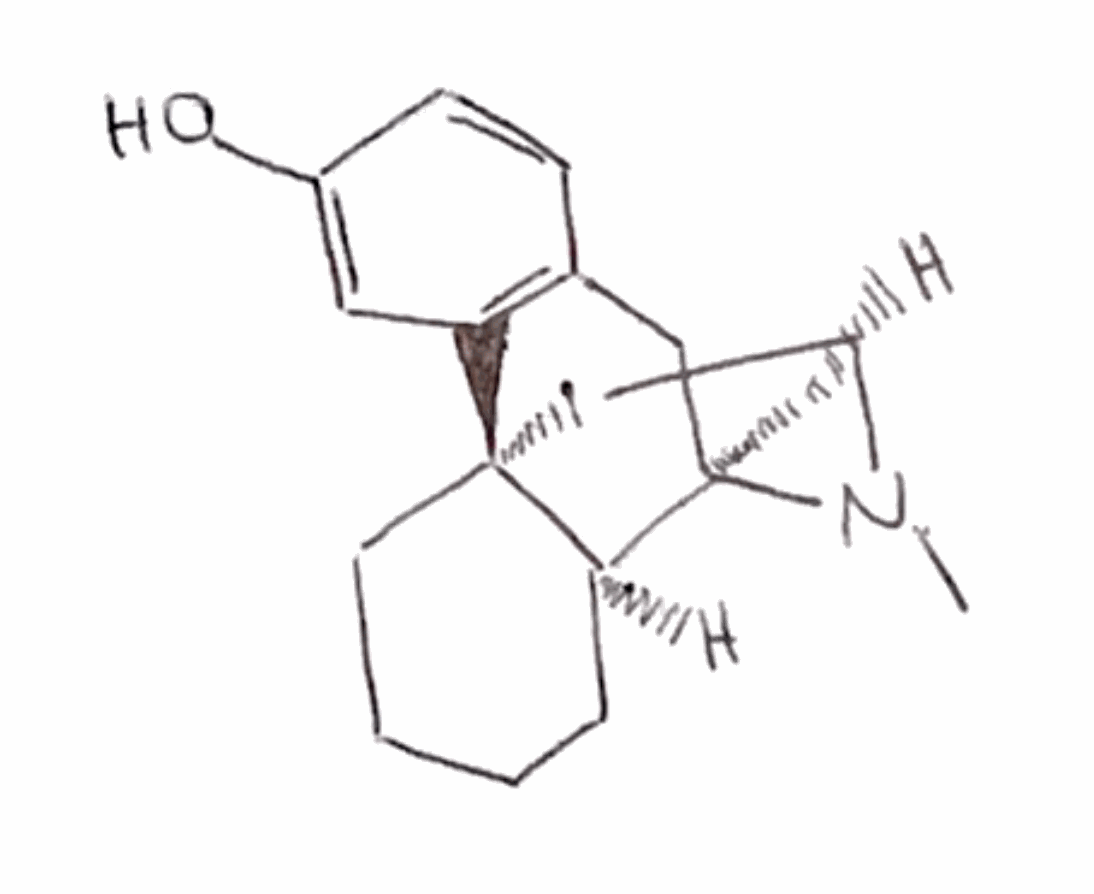
Simplified molecular-input line-entry system (SMILES) notation of the given molecule:
CN1CC[C@@]23CCCC[C@@H]2[C@H]1CC4=C3C=C(C=C4)O